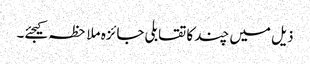
ذیل میں چند کا تقابلی جائزہ ملاحظہ کیجئے۔